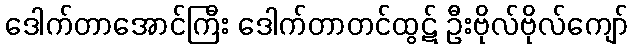
ဒေါက်တာအောင်ကြီး ဒေါက်တာတင်ထွဋ် ဦးဗိုလ်ဗိုလ်ကျော်